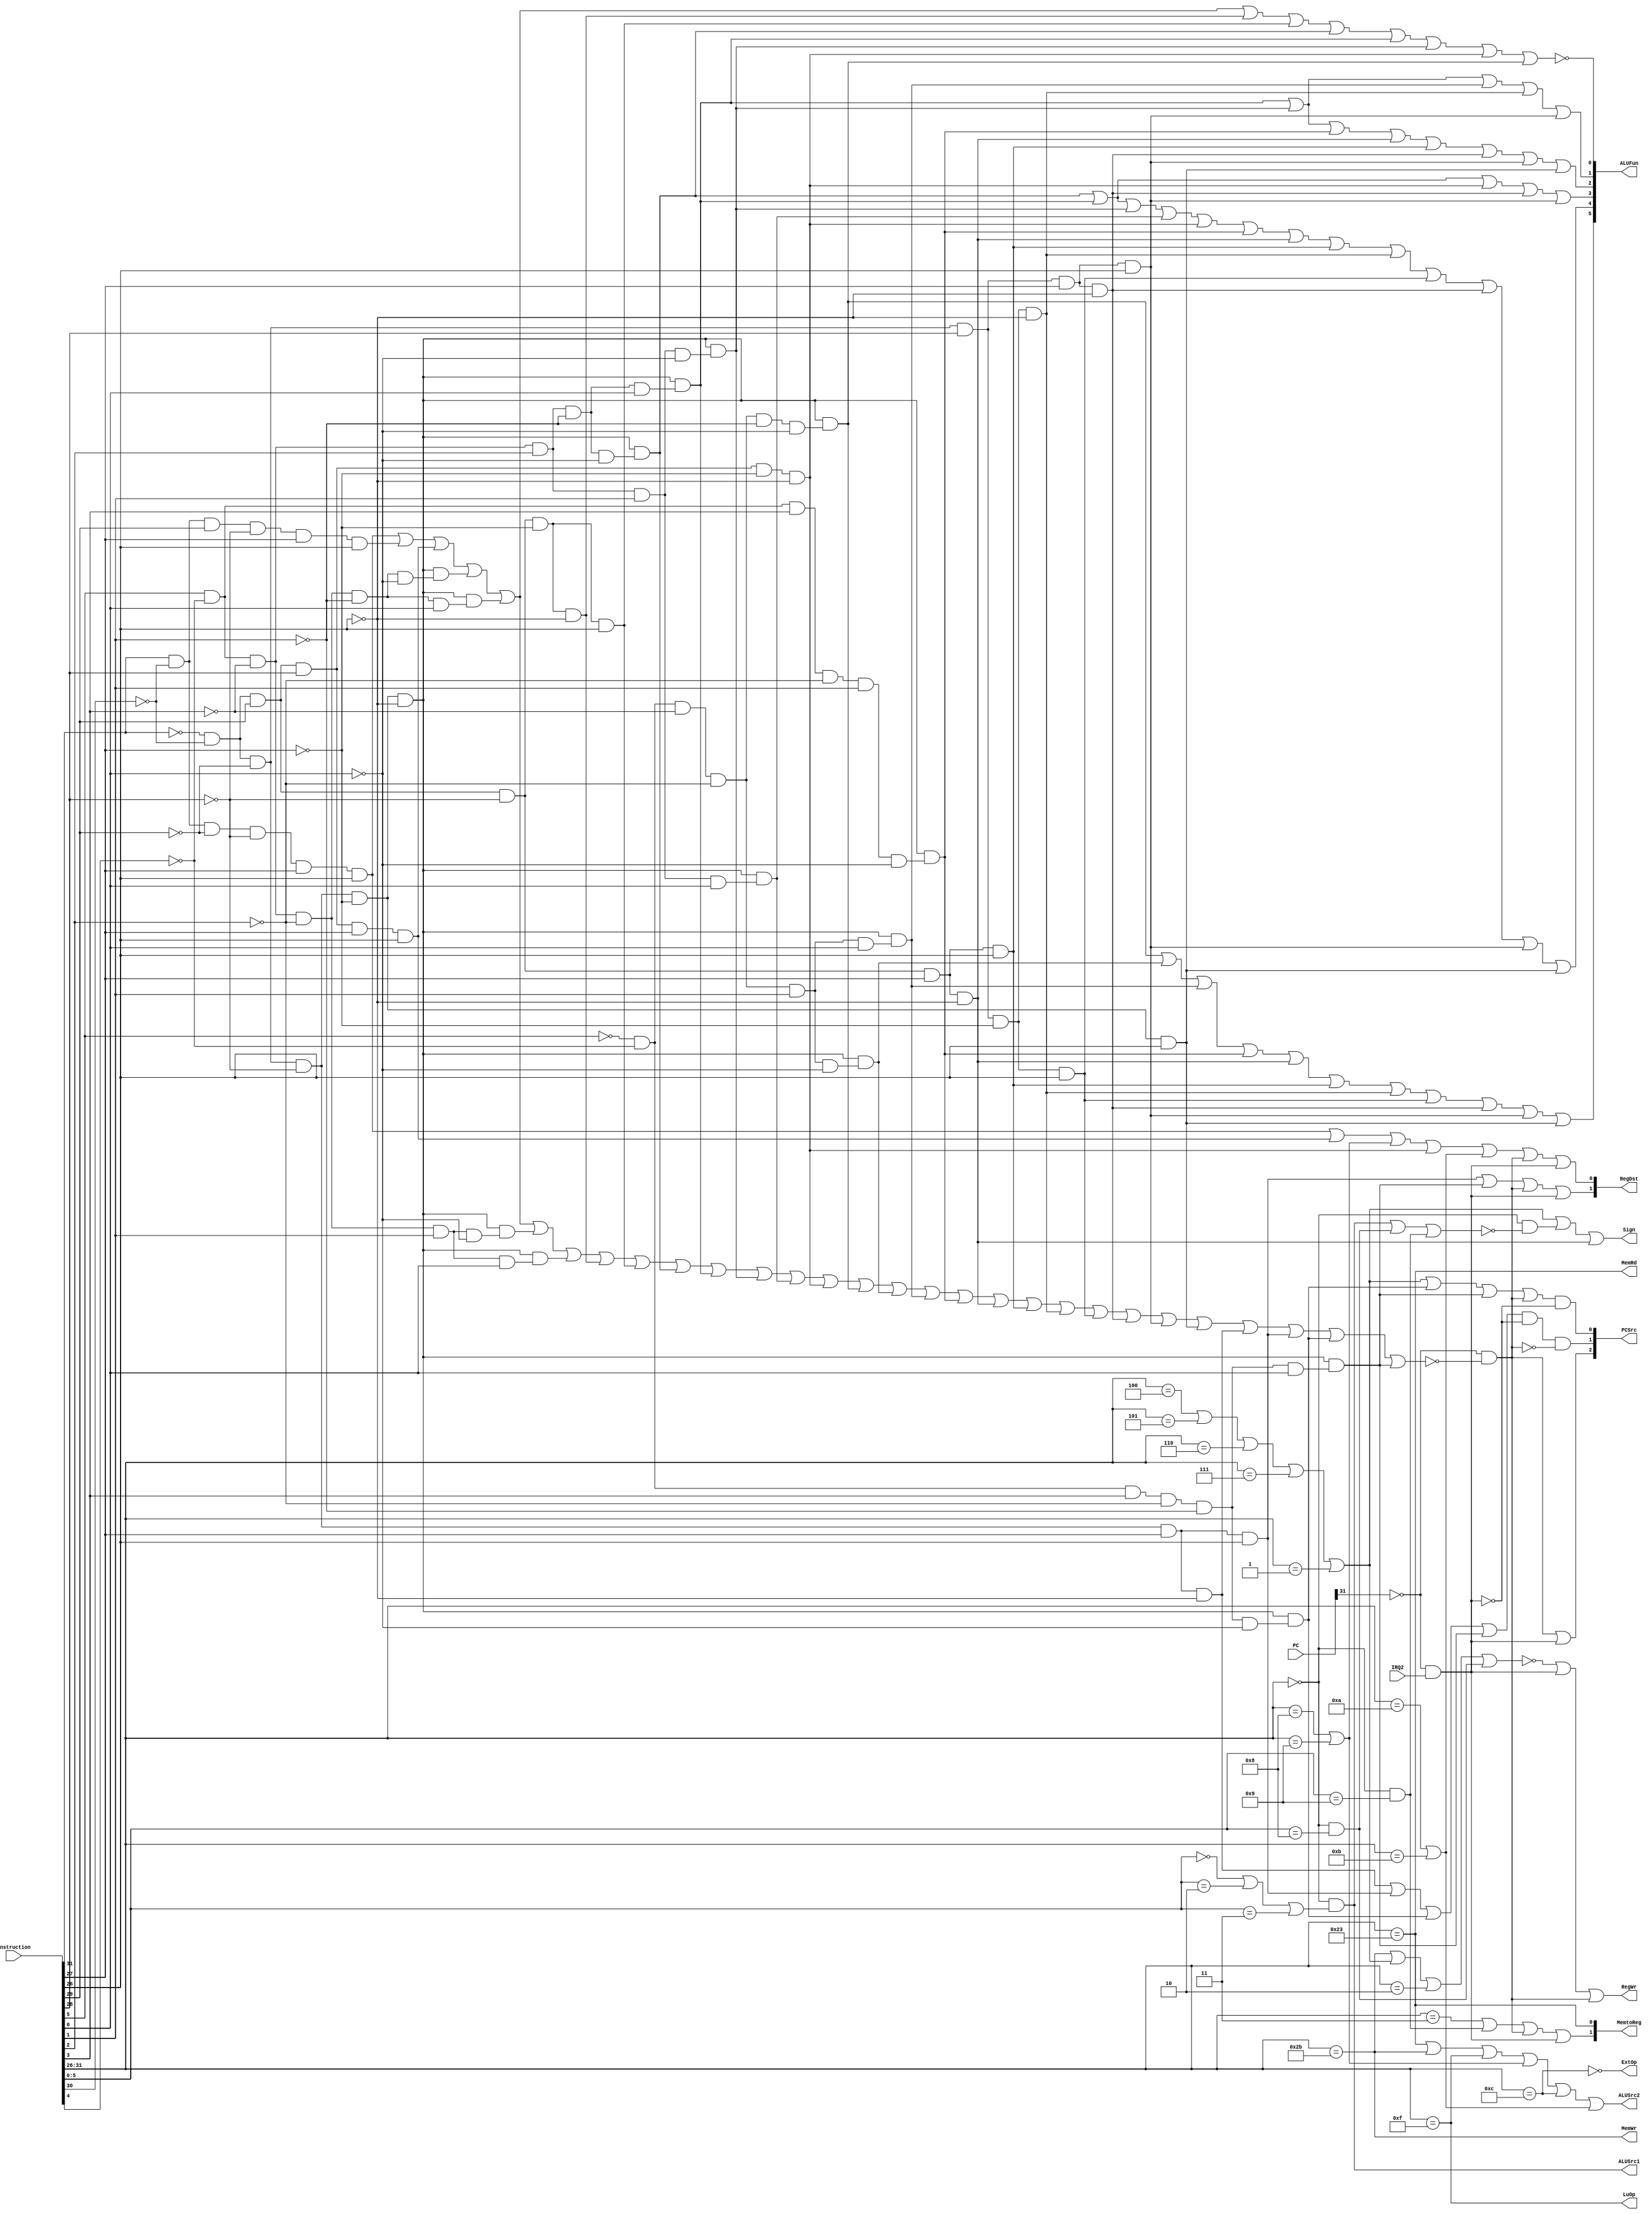
`timescale 1ns/1ns
module Control(Instruction, PC, IRQ2, PCSrc, RegDst, RegWr, 
	ALUSrc1, ALUSrc2, ALUFun, Sign, MemWr, MemRd, 
	MemtoReg, ExtOp, LuOp);
	output [2:0] PCSrc;
	output RegWr;
	output [1:0] RegDst;
	output MemRd;
	output MemWr;
	output Sign;
	output [1:0] MemtoReg;
	output [5:0] ALUFun;
	output ALUSrc1;
	output ALUSrc2;
	output ExtOp;
	output LuOp;
	input [31:0] Instruction;
	input IRQ2;
	input [31:0] PC;

	wire[5:0] OpCode, Funct;
	wire R,_lw,_sw,_lui,_addi,_andi,_sll,_slti,_beq,_j,_jal,_jr,_jalr,_ALU,_exp;
	wire i_nop,i_lw,i_sw,i_lui,i_add,i_addu,i_sub,i_subu,i_addi,i_addiu,i_and,i_or,i_xor,i_nor,i_andi,i_sll,i_srl,i_sra,i_slt,i_slti,i_sltiu,i_beq,i_bne,i_blez,i_bgtz,i_bltz,i_j,i_jal,i_jr,i_jalr;
  wire IRQ;
  
  //***************//
  assign IRQ=~PC[31]&IRQ2;
  //***************//
	assign OpCode = Instruction[31:26];
	assign Funct = Instruction[5:0];
	
	assign R=~OpCode[5]&~OpCode[4]&~OpCode[3]&~OpCode[2]&~OpCode[1]&~OpCode[0];

//**************//
	assign _exp=~PC[31]&~(i_lw|i_sw|i_lui|i_add|i_addu|i_sub|i_subu|i_addi|i_addiu|i_and|i_or|i_xor|i_nor|i_andi|i_sll|i_srl|i_sra|i_slt|i_slti|i_sltiu|i_beq|i_bne|i_blez|i_bgtz|i_bltz|i_j|i_jal|i_jr|i_jalr);
//**************//
	assign i_lw=OpCode[5]&~OpCode[4]&~OpCode[3]&~OpCode[2]&OpCode[1]&OpCode[0];
	assign i_sw=OpCode[5]&~OpCode[4]&OpCode[3]&~OpCode[2]&OpCode[1]&OpCode[0];
	assign i_lui=~OpCode[5]&~OpCode[4]&OpCode[3]&OpCode[2]&OpCode[1]&OpCode[0];
	assign i_add=R&(Funct[5]&~Funct[4]&~Funct[3]&~Funct[2]&~Funct[1]&~Funct[0]);
	assign i_addu=R&(Funct[5]&~Funct[4]&~Funct[3]&~Funct[2]&~Funct[1]&Funct[0]);
	assign i_sub=R&(Funct[5]&~Funct[4]&~Funct[3]&~Funct[2]&Funct[1]&~Funct[0]);
	assign i_subu=R&(Funct[5]&~Funct[4]&~Funct[3]&~Funct[2]&Funct[1]&Funct[0]);
	assign i_addi=~OpCode[5]&~OpCode[4]&OpCode[3]&~OpCode[2]&~OpCode[1]&~OpCode[0];
	assign i_addiu=~OpCode[5]&~OpCode[4]&OpCode[3]&~OpCode[2]&~OpCode[1]&OpCode[0];
	assign i_and=R&(Funct[5]&~Funct[4]&~Funct[3]&Funct[2]&~Funct[1]&~Funct[0]);
	assign i_or=R&(Funct[5]&~Funct[4]&~Funct[3]&Funct[2]&~Funct[1]&Funct[0]);
	assign i_xor=R&(Funct[5]&~Funct[4]&~Funct[3]&Funct[2]&Funct[1]&~Funct[0]);
	assign i_nor=R&(Funct[5]&~Funct[4]&~Funct[3]&Funct[2]&Funct[1]&Funct[0]);
	assign i_andi=~OpCode[5]&~OpCode[4]&OpCode[3]&OpCode[2]&~OpCode[1]&~OpCode[0];
	assign i_sll=R&(~Funct[5]&~Funct[4]&~Funct[3]&~Funct[2]&~Funct[1]&~Funct[0]);
	assign i_srl=R&(~Funct[5]&~Funct[4]&~Funct[3]&~Funct[2]&Funct[1]&~Funct[0]);
	assign i_sra=R&(~Funct[5]&~Funct[4]&~Funct[3]&~Funct[2]&Funct[1]&Funct[0]);
	assign i_slt=R&(Funct[5]&~Funct[4]&Funct[3]&~Funct[2]&Funct[1]&~Funct[0]);
	assign i_slti=~OpCode[5]&~OpCode[4]&OpCode[3]&~OpCode[2]&OpCode[1]&~OpCode[0];
	assign i_sltiu=~OpCode[5]&~OpCode[4]&OpCode[3]&~OpCode[2]&OpCode[1]&OpCode[0];
	assign i_beq=~OpCode[5]&~OpCode[4]&~OpCode[3]&OpCode[2]&~OpCode[1]&~OpCode[0];
	assign i_bne=~OpCode[5]&~OpCode[4]&~OpCode[3]&OpCode[2]&~OpCode[1]&OpCode[0];
	assign i_blez=~OpCode[5]&~OpCode[4]&~OpCode[3]&OpCode[2]&OpCode[1]&~OpCode[0];
	assign i_bgtz=~OpCode[5]&~OpCode[4]&~OpCode[3]&OpCode[2]&OpCode[1]&OpCode[0];
	assign i_bltz=~OpCode[5]&~OpCode[4]&~OpCode[3]&~OpCode[2]&~OpCode[1]&OpCode[0];
	assign i_j=~OpCode[5]&~OpCode[4]&~OpCode[3]&~OpCode[2]&OpCode[1]&~OpCode[0];
	assign i_jal=~OpCode[5]&~OpCode[4]&~OpCode[3]&~OpCode[2]&OpCode[1]&OpCode[0];
	assign i_jr=R&(~Funct[5]&~Funct[4]&Funct[3]&~Funct[2]&~Funct[1]&~Funct[0]);
	assign i_jalr=R&(~Funct[5]&~Funct[4]&Funct[3]&~Funct[2]&~Funct[1]&Funct[0]);

	assign _lw = (OpCode == 6'h23);
	assign _sw = (OpCode == 6'h2b);
	assign _lui = (OpCode == 6'h0f);
	assign _addi = (OpCode == 6'h08) | (OpCode == 6'h09);
	assign _andi = (OpCode == 6'h0c);
	assign _sll = (OpCode == 6'h00) & ((Funct == 6'h0) | (Funct == 6'h02) | (Funct == 6'h03));
	assign _slti = (OpCode == 6'h0a) | (OpCode == 6'h0b);
	assign _beq = (OpCode == 6'h04) | (OpCode == 6'h05) | (OpCode == 6'h06) | (OpCode == 6'h07) | (OpCode == 6'h01);
	assign _j = (OpCode == 6'h02);
	assign _jal = (OpCode == 6'h03);
	assign _jr = (OpCode == 6'h00) & (Funct == 6'h08);
	assign _jalr = (OpCode == 6'h00) & (Funct == 6'h09);
	assign _ALU = (OpCode == 6'h00) & ~(_sll | _jr | _jalr);

/**************/
//hzh version IRQbeq/jr/jal/jalrexp
	// assign PCSrc[0]=(_beq|i_jr|i_jalr|_exp);
	// assign PCSrc[1]=(i_j|i_jal|i_jr|i_jalr);
	// assign PCSrc[2]=_exp|IRQ;
//my version
	assign PCSrc[0]=(_beq|i_jr|i_jalr|_exp) & ~IRQ;
	assign PCSrc[1]=(i_j|i_jal|i_jr|i_jalr) & ~IRQ & ~_exp;
	assign PCSrc[2]=_exp|IRQ;
/**************/

	assign RegWr = ~(_sw | _beq | _j | _jr) | IRQ | _exp;
	assign RegDst[0]=i_lw|i_lui|_addi|i_andi|_slti|_exp|IRQ;
	assign RegDst[1]=i_jal|i_jalr|_exp|IRQ;
	assign MemRd = _lw;
	assign MemWr = _sw;
	assign Sign = (_beq | _ALU | i_slti);
	assign MemtoReg[0]= _lw;
	assign MemtoReg[1]= _jal|_jalr|_exp|IRQ;
	assign ALUSrc1 = _sll;
	assign ALUSrc2 = (_lw|_sw|_lui|_addi|_andi|_slti);
	assign ExtOp = ~_andi;
	assign LuOp = _lui;
	
	assign ALUFun[0]=~(i_lw|i_sw|i_lui|i_add|i_addu|i_addi|i_addiu|i_and|i_or|i_xor|i_andi|i_sll);
	assign ALUFun[1]=(i_or|i_xor|i_sra|i_beq|i_bgtz);
	assign ALUFun[2]=(i_or|i_xor|i_slt|i_slti|i_sltiu|i_blez|i_bgtz|i_bltz);
	assign ALUFun[3]=(i_and|i_or|i_andi|i_blez|i_bgtz);
	assign ALUFun[4]=(i_and|i_or|i_xor|i_nor|i_andi|i_slt|i_slti|i_sltiu|i_beq|i_bne|i_blez|i_bgtz|i_bltz);
	assign ALUFun[5]=(i_sll|i_srl|i_sra|i_slt|i_slti|i_sltiu|i_beq|i_bne|i_blez|i_bgtz|i_bltz);
	
	
endmodule